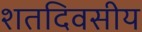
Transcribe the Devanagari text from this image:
शतदिवसीय